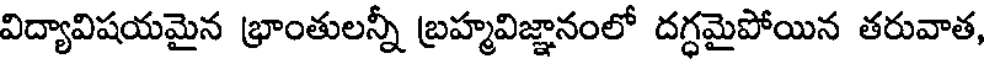
విద్యావిషయమైన భ్రాంతులన్నీ బ్రహ్మవిజ్ఞానంలో దగ్ధమైపోయిన తరువాత,